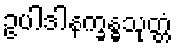
ဥပါဒါနက္ခန္ဓသုတ္တံ